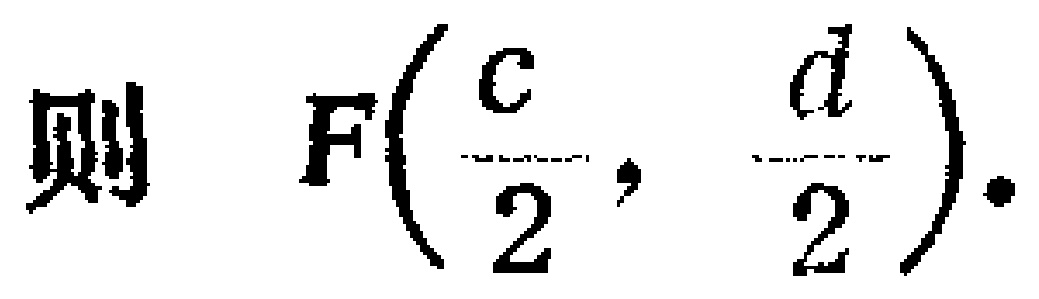
则 \(F\left(\frac{c}{2}, \frac{d}{2}\right).\)